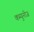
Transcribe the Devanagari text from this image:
कम्युनीज